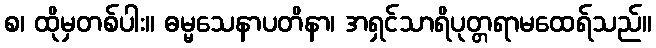
စ၊ ထိုမှတစ်ပါး။ ဓမ္မသေနာပတိနာ၊ အရှင်သာရိပုတ္တရာမထေရ်သည်။